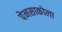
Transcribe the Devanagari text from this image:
पेनसाकोला